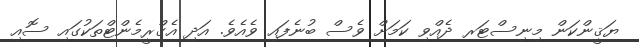
ޔަޤީންކަން މިނިސްޓަރ ދެއްވި ކަމަށް ވެސް ބުނެފައި ވެއެވެ. އަދި އެގްރީމެންޓްތަކުގައި ސޮއި